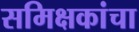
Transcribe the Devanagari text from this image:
समिक्षकांचा